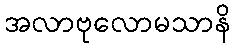
အလာဗုလောမသာနိ